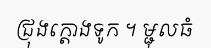
ជ្រុងក្តោងទូក ។ ម្ជុលធំ